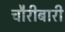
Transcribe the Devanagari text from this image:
चौरीबारी